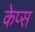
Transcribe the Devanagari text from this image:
केप्स